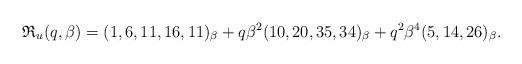
LaTeX: \begin{gather*}\mathfrak{R}_{u}(q,\beta)= (1, 6, 11, 16, 11)_{\beta}+q \beta^2 (10, 20, 35, 34)_{\beta}+ q^2 \beta^4 (5, 14, 26)_{\beta}.\end{gather*}